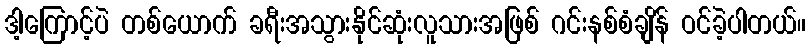
ဒါ့ကြောင့်ပဲ တစ်ယောက် ခရီးအသွားနိုင်ဆုံးလူသားအဖြစ် ဂင်းနစ်စံချိန် ဝင်ခဲ့ပါတယ်။